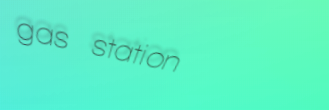
gas station